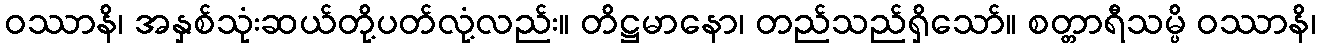
ဝဿာနိ၊ အနှစ်သုံးဆယ်တို့ပတ်လုံ့လည်း။ တိဋ္ဌမာနော၊ တည်သည်ရှိသော်။ စတ္တာရီသမ္ပိ ဝဿာနိ၊